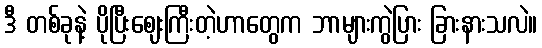
ဒီ တစ်ခုနဲ့ ပိုပြီးဈေးကြီးတဲ့ဟာတွေက ဘာများကွဲပြား ခြားနားသလဲ။